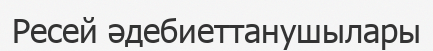
Ресей әдебиеттанушылары